Lunatic asylums Central Provinces reports 1910-1926 - 1910-1926
Year: 1910
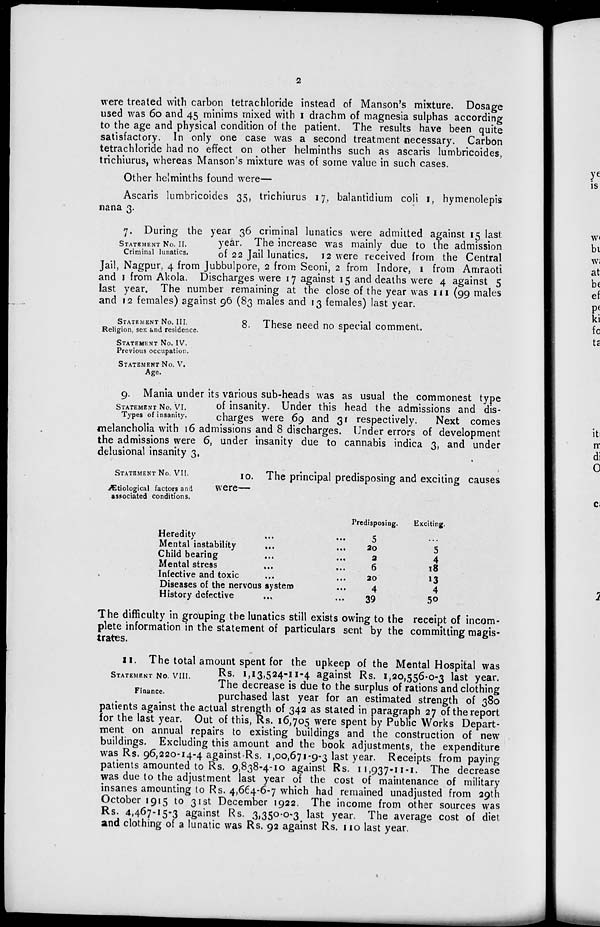
2
were treated with carbon tetrachloride instead of Manson's mixture. Dosage
used was 60 and 45 minims mixed with 1 drachm of magnesia sulphas according
to the age and physical condition of the patient. The results have been quite
satisfactory. In only one case was a second treatment necessary. Carbon
tetrachloride had no effect on other helminths such as ascaris lumbricoides,
trichiurus, whereas Manson's mixture was of some value in such cases.
Other helminths found were—
Ascaris lumbricoides 35, trichiurus 17, balantidium coli 1, hymenolepis
nana 3.
STATEMENT No. II.
Criminal lunatics.
7. During the year 36 criminal lunatics were admitted against 15 last
year. The increase was mainly due to the admission
of 22 Jail lunatics. 12 were received from the Central
Jail, Nagpur, 4 from Jubbulpore, 2 from Seoni, 2 from Indore, 1 from Amraoti
and 1 from Akola. Discharges were 17 against 15 and deaths were 4 against 5
last year. The number remaining at the close of the year was 111 (99 males
and 12 females) against 96 (83 males and 13 females) last year.
STATEMENT No. III.
Religion, sex and residence.
STATEMENT No. IV.
Previous occupation.
STATEMENT No. V.
Age.
8. These need no special comment.
STATEMENT No. VI.
Types of insanity.
9. Mania under its various sub-heads was as usual the commonest type
of insanity. Under this head the admissions and dis-
charges were 69 and 31 respectively.
Next comes
melancholia with 16 admissions and 8 discharges. Under errors of development
the admissions were 6, under insanity due to cannabis indica 3, and under
delusional insanity 3.
STATEMENT No. VII.
Ætiological factors and
associated conditions.
10. The principal predisposing and exciting causes
were—
Heredity ... ...
Mental instability ... ...
Child bearing ... ...
Mental stress ... ...
Infective and toxic ... ...
Diseases of the nervous system ...
History defective ... ...
Predisposing.
5
20
2
6
20
4
39
Exciting.
...
5
4
18
13
4
50
The difficulty in grouping the lunatics still exists owing to the receipt of incom-
plete information in the statement of particulars sent by the committing magis-
trates.
STATEMENT No. VIII.
Finance.
11. The total amount spent for the upkeep of the Mental Hospital was
Rs. 1,13,524-11-4 against Rs. 1,20,556-0-3 last year.
The decrease is due to the surplus of rations and clothing
purchased last year for an estimated strength of 380
patients against the actual strength of 342 as stated in paragraph 27 of the report
for the last year. Out of this, Rs. 16,705 were spent by Public Works Depart-
ment on annual repairs to existing buildings and the construction of new
buildings. Excluding this amount and the book adjustments, the expenditure
was Rs. 96,220-14-4 against Rs. 1,00,671-9-3 last year. Receipts from paying
patients amounted to Rs. 9,838-4-10 against Rs. 11,937-11-1. The decrease
was due to the adjustment last year of the cost of maintenance of military
insanes amounting to Rs. 4,664-6-7 which had remained unadjusted from 29th
October 1915 to 31st December 1922. The income from other sources was
Rs. 4,467-15-3 against Rs. 3,350-0-3 last year. The average cost of diet
and clothing of a lunatic was Rs. 92 against Rs. 110 last year.